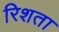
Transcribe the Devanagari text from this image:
रिशता